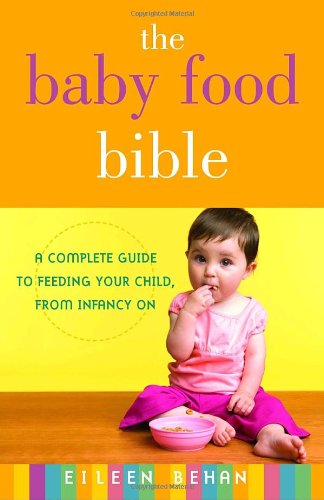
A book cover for The Baby Food Bible: A Complete Guide to Feeding Your Child, from Infancy On; Eileen Behan; Cookbooks, Food & Wine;